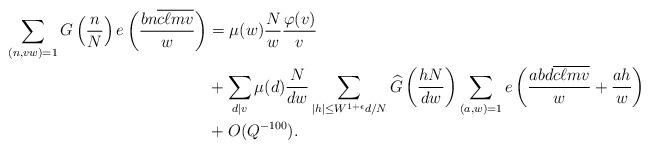
LaTeX: \begin{align*}\sum_{(n,vw)=1} G \left( \frac{n}{N} \right) e \left(\frac{bn \overline{c \ell m v}}{w} \right) &= \mu(w)\frac{N}{w}\frac{\varphi(v)}{v} \\ &+ \sum_{d \mid v} \mu(d) \frac{N}{dw}\sum_{|h| \leq W^{1+\epsilon}d/N}\widehat{G} \left(\frac{hN}{dw} \right) \sum_{(a,w)=1} e \left(\frac{abd \overline{c \ell m v}}{w} + \frac{ah}{w} \right) \\ &+ O(Q^{-100}).\end{align*}